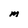
Character: M